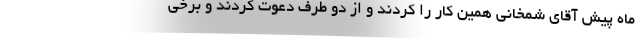
ماه پیش آقای شمخانی همین کار را کردند و از دو طرف دعوت کردند و برخی